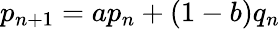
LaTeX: p_{n+1}=ap_{n}+(1-b)q_{n}